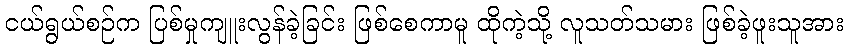
ငယ်ရွယ်စဉ်က ပြစ်မှုကျူးလွန်ခဲ့ခြင်း ဖြစ်စေကာမူ ထိုကဲ့သို့ လူသတ်သမား ဖြစ်ခဲ့ဖူးသူအား